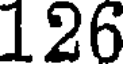
126